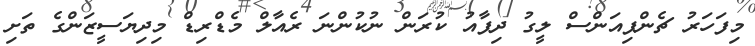
މިފަހަރު ޗެންޕިއަންސް ލީގު ދިފާއު ކުރަން ނުކުންނަ ރެއާލް މެޑްރިޑް މިދިޔަސީޒަންގެ ތަށި